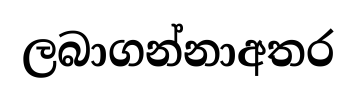
ලබාගන්නාඅතර